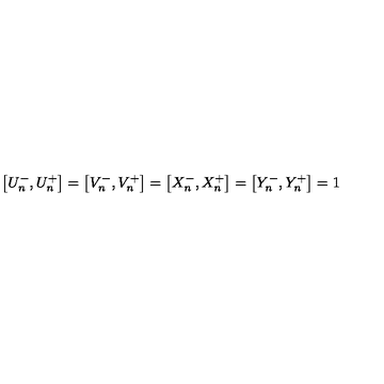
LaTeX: \left[ U _ { n } ^ { - } , U _ { n } ^ { + } \right] = \left[ V _ { n } ^ { - } , V _ { n } ^ { + } \right] = \left[ X _ { n } ^ { - } , X _ { n } ^ { + } \right] = \left[ Y _ { n } ^ { - } , Y _ { n } ^ { + } \right] = 1